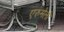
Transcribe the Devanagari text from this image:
एरुमेली